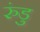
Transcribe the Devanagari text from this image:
रुंडु